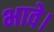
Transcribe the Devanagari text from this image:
भावे।